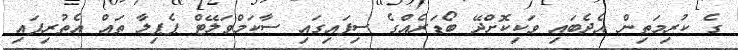
ގެ ކުރިމަތިން އެދެބައި ވަކިކޮށްދޭ ބޯޑަރެއްގެ ސިފައިގައި ސާކަމްވަލޭޓް ޕެޕިލާ ތައް އެތުރިފައި